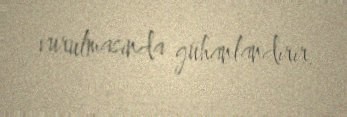
vurulmasında gühanlandırır.